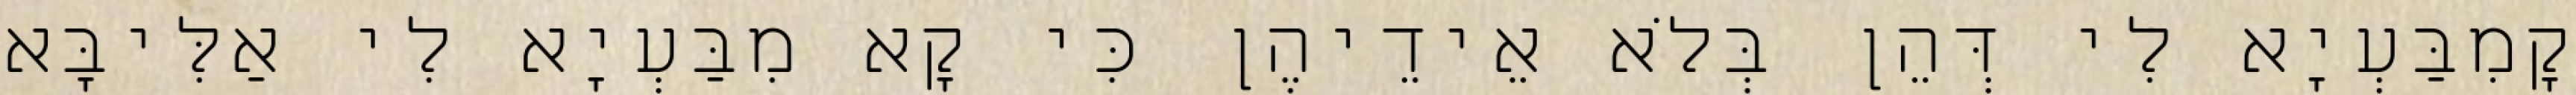
קָמִבַּעְיָא לִי דְּהֵן בְּלֹא אֵידֵיהֶן כִּי קָא מִבַּעְיָא לִי אַלִּיבָּא